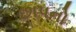
છાપનો